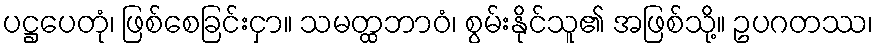
ပဋ္ဌပေတုံ၊ ဖြစ်စေခြင်းငှာ။ သမတ္ထဘာဝံ၊ စွမ်းနိုင်သူ၏ အဖြစ်သို့။ ဥပဂတဿ၊